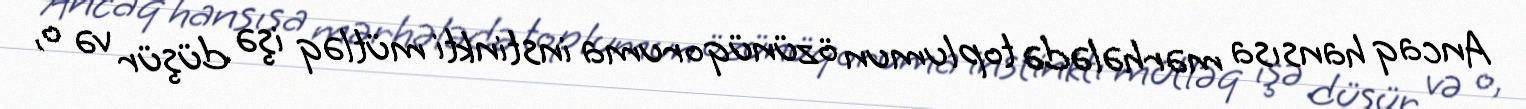
Ancaq hansısa mərhələdə toplumun özünüqoruma instinkti mütləq işə düşür və o,